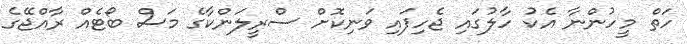
ހަތް މީހުންނާ އެކު ހާލުގައި ޖެހިފައި ވަނިކޮށް ސްރީލަންކާގެ މަސް ބޯޓެއް ރާއްޖޭގެ